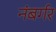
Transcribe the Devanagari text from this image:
नंबर्गर